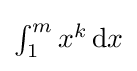
{\textstyle \int _{1}^{m}x^{k}\,\mathrm {d} x}